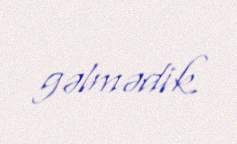
gəlmədik.